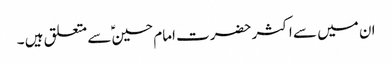
ان میں سے اکثر حضرت امام حسین ؑسے متعلق ہیں ۔